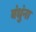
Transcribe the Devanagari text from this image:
बंधुंना